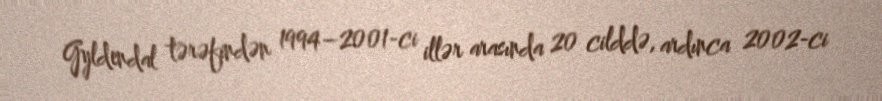
Gyldendal tərəfindən 1994–2001-ci illər arasında 20 cilddə, ardınca 2002-ci